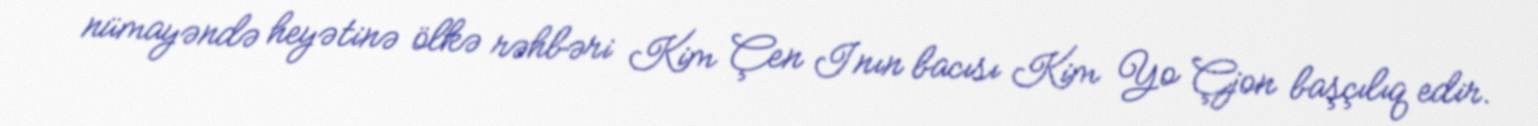
nümayəndə heyətinə ölkə rəhbəri Kim Çen Inın bacısı Kim Yo Çjon başçılıq edir.